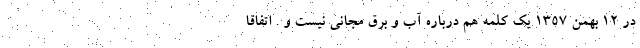
در ۱۲ بهمن ۱۳۵۷ یک کلمه هم درباره آب و برق مجانی نیست و . اتفاقاً